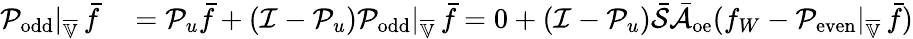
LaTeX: \begin{array}{rl}{\mathcal{P}_{\mathrm{odd}}|_{\overline{{\mathbb{V}}}}\, \bar{f}}&{{}=\mathcal{P}_{u}\bar{f}+(\mathcal{I}-\mathcal{P}_{u})\mathcal{P}_{\mathrm{odd}}|_{\overline{{\mathbb{V}}}}\, \bar{f}=0+(\mathcal{I}-\mathcal{P}_{u})\bar{\mathcal{S}}\bar{\mathcal{A}}_{\mathrm{oe}}(f_{W}-\mathcal{P}_{\mathrm{even}}|_{\overline{{\mathbb{V}}}}\, \bar{f})}\end{array}